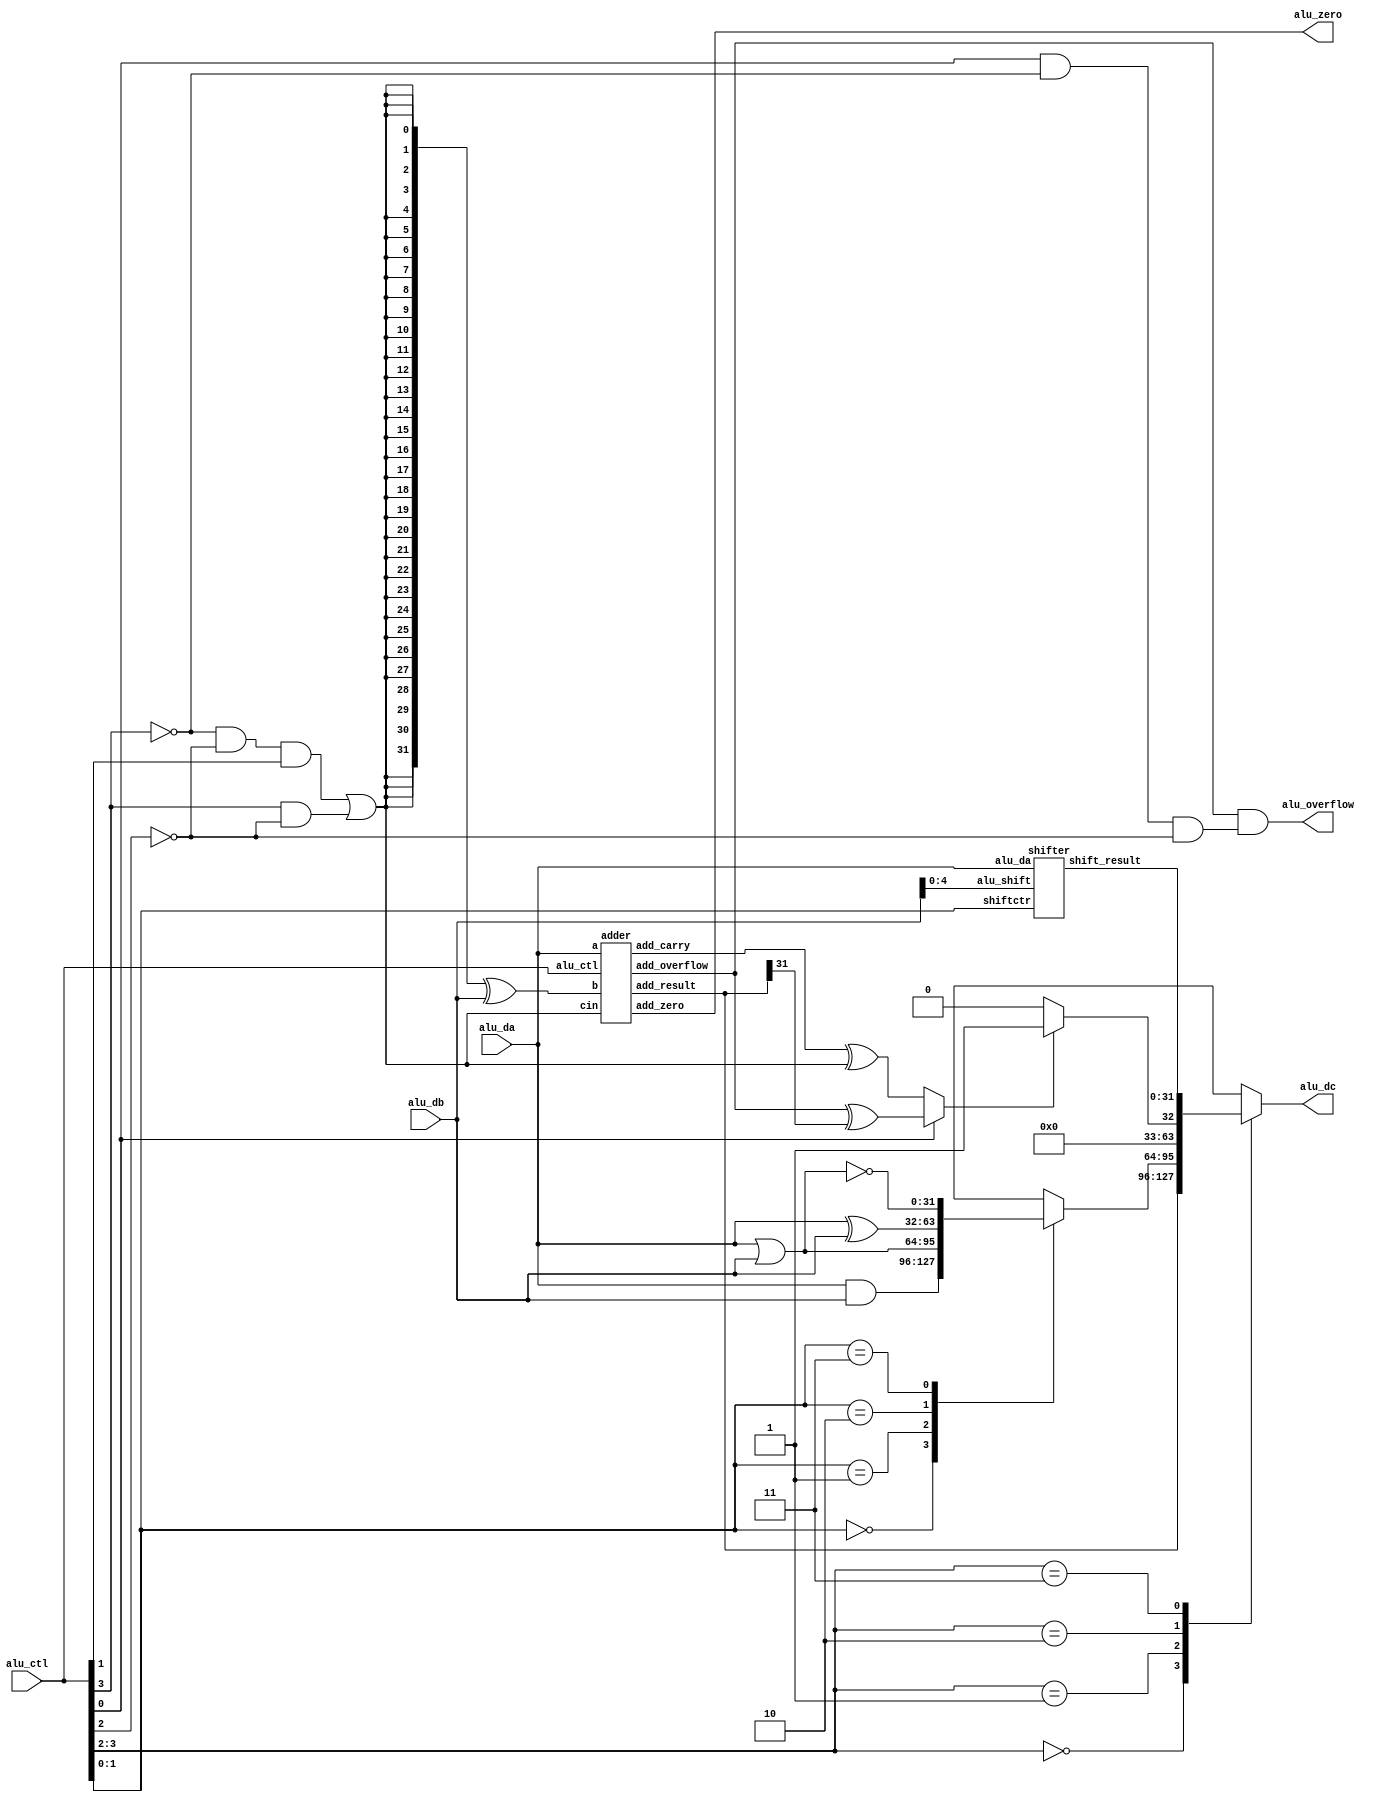
module alu(
       alu_da,
       alu_db,
       alu_ctl,
       alu_zero,
       alu_overflow,
       alu_dc   
        );
	  input [31:0]    alu_da;
    input [31:0]    alu_db;
    input [3:0]     alu_ctl;
    output          alu_zero;
    output          alu_overflow;
    output reg [31:0]   alu_dc;
		   
wire subctr;
wire sigctr;
wire ovctr;
wire [1:0] opctr;
wire [1:0] logicctr;
wire [1:0] shiftctr;

assign subctr = (~ alu_ctl[3]  & ~alu_ctl[2]  & alu_ctl[1]) | ( alu_ctl[3]  & ~alu_ctl[2]);
assign opctr = alu_ctl[3:2];
assign ovctr = alu_ctl[0] & ~ alu_ctl[3]  & ~alu_ctl[2] ;
assign sigctr = alu_ctl[0];
assign logicctr = alu_ctl[1:0]; 
assign shiftctr = alu_ctl[1:0]; 

reg [31:0] logic_result;

always@(*) begin
    case(logicctr)
	2'b00:logic_result = alu_da & alu_db;
	2'b01:logic_result = alu_da | alu_db;
	2'b10:logic_result = alu_da ^ alu_db;
	2'b11:logic_result = ~(alu_da | alu_db);
	endcase
end 

wire [4:0]     alu_shift;
wire [31:0] shift_result;
assign alu_shift=alu_db[4:0];

shifter shifter(.alu_da(alu_da),
                .alu_shift(alu_shift),
				.shiftctr(shiftctr),
				.shift_result(shift_result));

wire [31:0] bit_m,xor_m;
wire add_carry,add_overflow;
wire [31:0] add_result;

assign bit_m={32{subctr}};
assign xor_m=bit_m^alu_db;

adder adder(.a(alu_da),
            .b(xor_m),
			.cin(subctr),
			.alu_ctl(alu_ctl),
			.add_carry(add_carry),
			.add_overflow(add_overflow),
			.add_zero(alu_zero),
			.add_result(add_result));

assign alu_overflow = add_overflow & ovctr;

wire [31:0] slt_result;
wire less_m1,less_m2,less_s,slt_m;

assign less_m1 = add_carry ^ subctr;
assign less_m2 = add_overflow ^ add_result[31];
assign less_s = (sigctr==1'b0)?less_m1:less_m2;
assign slt_result = (less_s)?32'h00000001:32'h00000000;

always @(*) 
begin
  case(opctr)
     2'b00:alu_dc<=add_result;
     2'b01:alu_dc<=logic_result;
     2'b10:alu_dc<=slt_result;
     2'b11:alu_dc<=shift_result; 
  endcase
end
endmodule

module shifter(input [31:0] alu_da,
               input [4:0] alu_shift,
			   input [1:0] shiftctr,
			   output reg [31:0] shift_result);
			   

     wire [5:0] shift_n;
	 assign shift_n = 6'd32 - shiftctr;
     always@(*) begin
	   case(shiftctr)
	   2'b00:shift_result = alu_da << alu_shift;
	   2'b01:shift_result = alu_da >> alu_shift;
	   2'b10:shift_result = ({32{alu_da[31]}} << shift_n) | (alu_da >> alu_shift);
	   default:shift_result = alu_da;
	   endcase
	 end


endmodule

module adder(input [31:0] a,
             input [31:0] b,
			 input cin,
			 input [3:0] alu_ctl,
			 output add_carry,
			 output add_overflow,
			 output add_zero,
			 output [31:0] add_result);


    assign {add_carry,add_result}=a+b+cin;
   assign add_zero = ~(|add_result);
   assign add_overflow=((alu_ctl==4'b0001) & ~a[31] & ~b[31] & add_result[31]) 
                      | ((alu_ctl==4'b0001) & a[31] & b[31] & ~add_result[31])
                      | ((alu_ctl==4'b0011) & a[31] & ~b[31] & ~add_result[31]) 
					  | ((alu_ctl==4'b0011) & ~a[31] & b[31] & add_result[31]);
endmodule